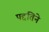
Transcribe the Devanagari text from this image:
पद्दतिने